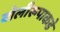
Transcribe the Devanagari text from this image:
बोलीरूपाकडे